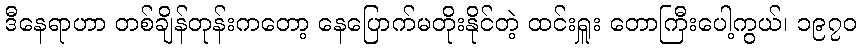
ဒီနေရာဟာ တစ်ချိန်တုန်းကတော့ နေပြောက်မတိုးနိုင်တဲ့ ထင်းရှူး တောကြီးပေါ့ကွယ်၊ ၁၉၇၀